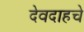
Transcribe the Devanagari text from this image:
देवदाहचे